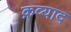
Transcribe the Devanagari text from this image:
क्रव्याद